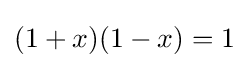
(1+x)(1-x)=1